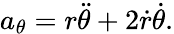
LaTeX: a_{\theta}=r{\ddot{\theta}}+2{\dot{r}}{\dot{\theta}}.